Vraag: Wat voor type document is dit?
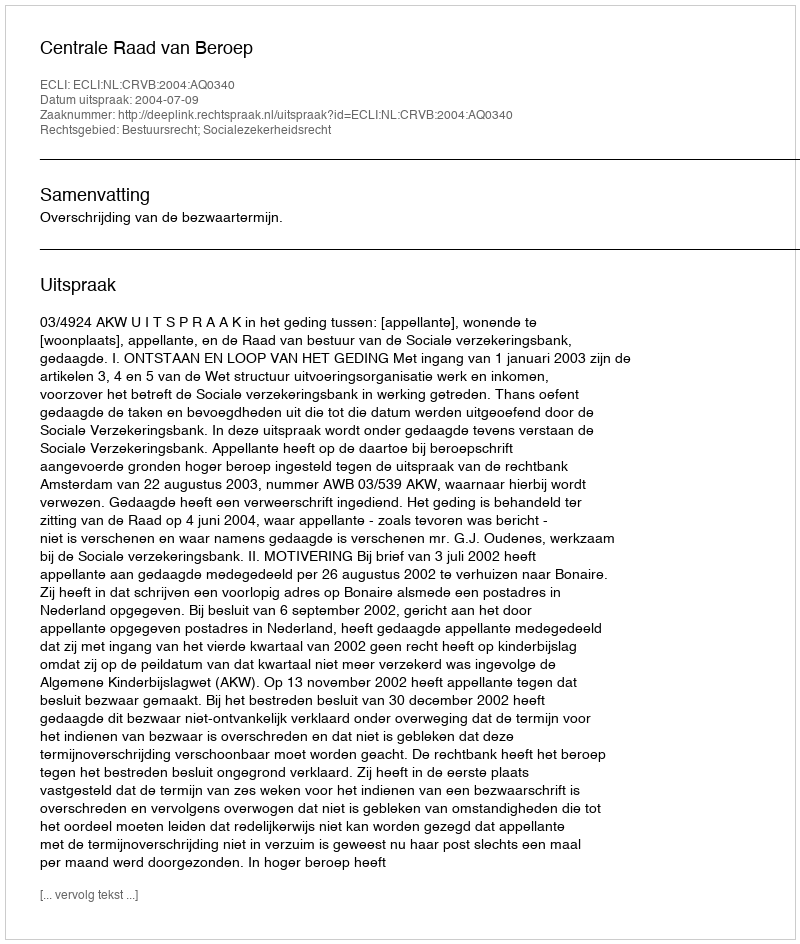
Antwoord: Uitspraak